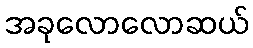
အခုလောလောဆယ်